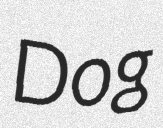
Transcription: Dog